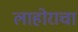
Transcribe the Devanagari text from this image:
लाहोराचा